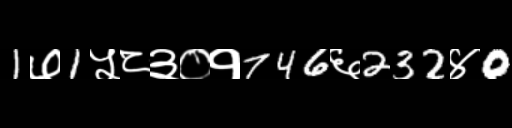
Text: 1७1५८३०१746६232४0